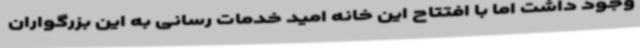
وجود داشت اما با افتتاح این خانه امید خدمات رسانی به این بزرگواران